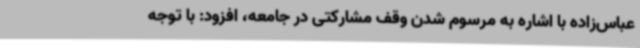
عباس‌زاده با اشاره به مرسوم شدن وقف مشارکتی در جامعه، افزود: با توجه